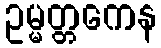
ဥမ္မတ္တကေန